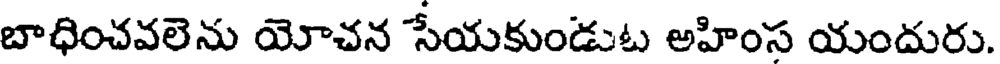
బాధించవలెను యోచన సేయకుండుట అహింస యందురు.